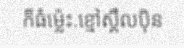
ក៏ធំម្ល៉េះ.ខ្មៅស្គឹលប៉ិន